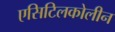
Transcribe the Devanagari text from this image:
एसिटिलकोलीन